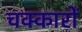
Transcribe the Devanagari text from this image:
चक्कारों